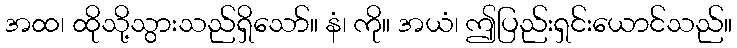
အထ၊ ထိုသို့သွားသည်ရှိသော်။ နံ၊ ကို။ အယံ၊ ဤပြည်းရှင်းယောင်သည်။